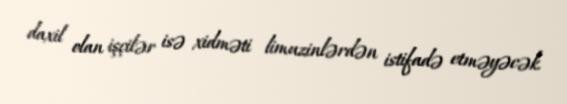
daxil olan işçilər isə xidməti limuzinlərdən istifadə etməyəcək.